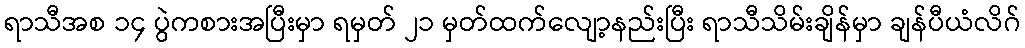
ရာသီအစ ၁၄ ပွဲကစားအပြီးမှာ ရမှတ် ၂၁ မှတ်ထက်လျော့နည်းပြီး ရာသီသိမ်းချိန်မှာ ချန်ပီယံလိဂ်